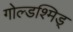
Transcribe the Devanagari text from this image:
गोल्डश्मिड्